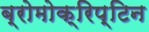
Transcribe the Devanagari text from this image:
ब्रोमोक्रिप्टिन